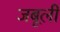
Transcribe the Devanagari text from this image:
जबूली